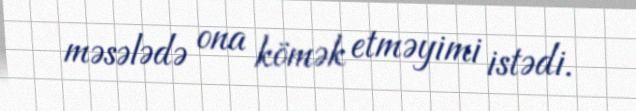
məsələdə ona kömək etməyimi istədi.